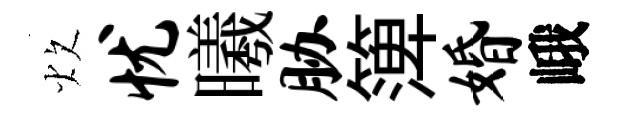
炊忧曦胁𥱼婚峨